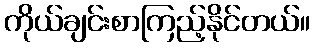
ကိုယ်ချင်းစာကြည့်နိုင်တယ်။